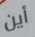
أين